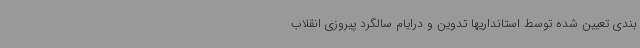
بندی تعیین شده توسط استانداریها تدوین و درایام سالگرد پیروزی انقلاب